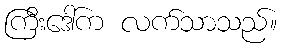
ကြီးဒေါ်က လက်သာသည်။